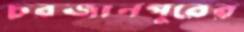
চরজানপুরের